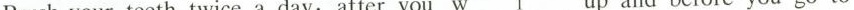
Brush your teeth twice a day:after you w\underline{1}up and before you go to